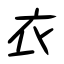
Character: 衣